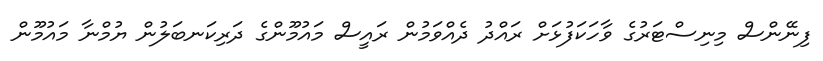
ފިނޭންސް މިނިސްޓަރުގެ ވާހަކަފުޅަށް ރައްދު ދެއްވަމުން ރައީސް މައުމޫންގެ ދަރިކަނބަލުން ޔުމްނާ މައުމޫން